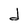
Character: d